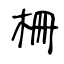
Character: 柵